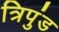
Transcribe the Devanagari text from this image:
त्रिपुंड